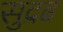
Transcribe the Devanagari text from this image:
सुद्रढ